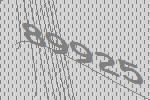
89925